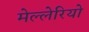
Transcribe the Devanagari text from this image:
मेल्लेरियो